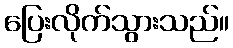
ပြေးလိုက်သွားသည်။